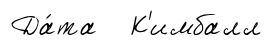
Да́та К'имбалл